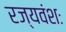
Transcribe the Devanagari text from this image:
रज्यवंशः